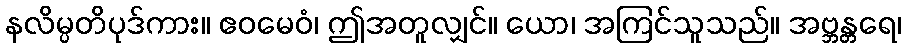
နလိမ္ပတိပုဒ်ကား။ ဧဝမေဝံ၊ ဤအတူလျှင်။ ယော၊ အကြင်သူသည်။ အဗ္ဘန္တရေ၊